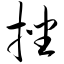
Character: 挫